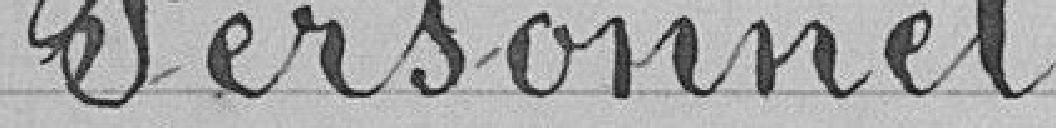
Personnel